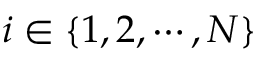
i \in \{ 1 , 2 , \cdots , N \}